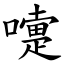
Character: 嚏